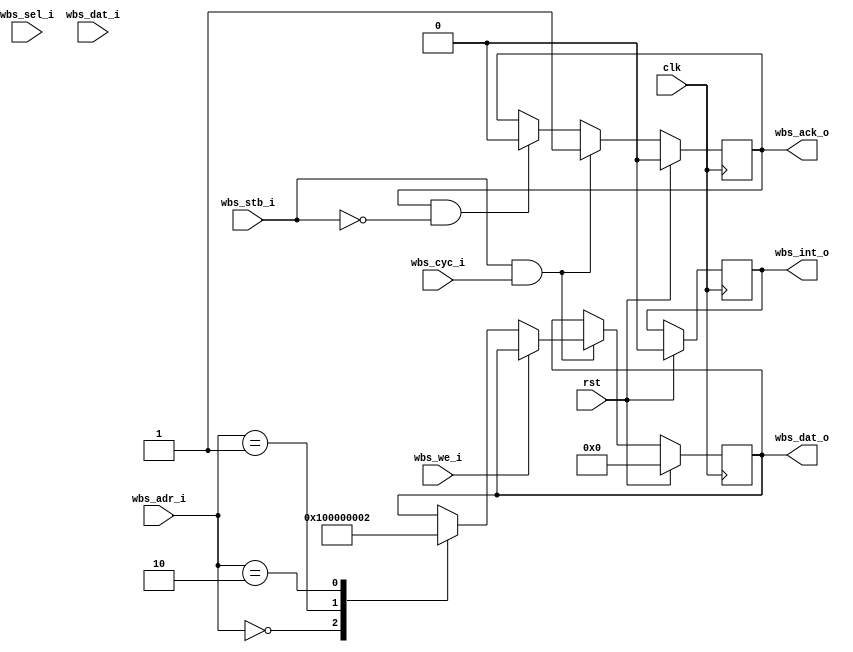
//wishbone_slave_template.v
/*
Distributed under the MIT license.
Copyright (c) 2011 Dave McCoy (dave.mccoy@cospandesign.com)

Permission is hereby granted, free of charge, to any person obtaining a copy of
this software and associated documentation files (the "Software"), to deal in 
the Software without restriction, including without limitation the rights to 
use, copy, modify, merge, publish, distribute, sublicense, and/or sell copies 
of the Software, and to permit persons to whom the Software is furnished to do 
so, subject to the following conditions:

The above copyright notice and this permission notice shall be included in all 
copies or substantial portions of the Software.

THE SOFTWARE IS PROVIDED "AS IS", WITHOUT WARRANTY OF ANY KIND, EXPRESS OR 
IMPLIED, INCLUDING BUT NOT LIMITED TO THE WARRANTIES OF MERCHANTABILITY, 
FITNESS FOR A PARTICULAR PURPOSE AND NONINFRINGEMENT. IN NO EVENT SHALL THE 
AUTHORS OR COPYRIGHT HOLDERS BE LIABLE FOR ANY CLAIM, DAMAGES OR OTHER 
LIABILITY, WHETHER IN AN ACTION OF CONTRACT, TORT OR OTHERWISE, ARISING FROM, 
OUT OF OR IN CONNECTION WITH THE SOFTWARE OR THE USE OR OTHER DEALINGS IN THE 
SOFTWARE.
*/

/*
	10/29/2011
		-added an 'else' statement that so either the
		reset HDL will be executed or the actual code
		not both
*/

/*
	10/23/2011
		-fixed the wbs_ack_i to wbs_ack_o
		-added the default entries for read and write
			to illustrate the method of communication
		-added license
*/
/*
	9/10/2011
		-removed the duplicate wbs_dat_i
		-added the wbs_sel_i port
*/

/*
	Use this to tell sycamore how to populate the Device ROM table
	so that users can interact with your slave

	META DATA

	identification of your device 0 - 65536
	DRT_ID: 0

	flags (read drt.txt in the slave/device_rom_table directory 1 means
	a standard device
	DRT_FLAGS:1

	number of registers this should be equal to the nubmer of ADDR_???
	parameters
	DRT_SIZE:3

*/


module wishbone_slave_template (
	clk,
	rst,

	//Add signals to control your device here

	wbs_we_i,
	wbs_cyc_i,
	wbs_sel_i,
	wbs_dat_i,
	wbs_stb_i,
	wbs_ack_o,
	wbs_dat_o,
	wbs_adr_i,
	wbs_int_o
);

input 				clk;
input 				rst;

//wishbone slave signals
input 				wbs_we_i;
input 				wbs_stb_i;
input 				wbs_cyc_i;
input		[3:0]	wbs_sel_i;
input		[31:0]	wbs_adr_i;
input  		[31:0]	wbs_dat_i;
output reg  [31:0]	wbs_dat_o;
output reg			wbs_ack_o;
output reg			wbs_int_o;

parameter			ADDR_0	=	32'h00000000;
parameter			ADDR_1	=	32'h00000001;
parameter			ADDR_2	=	32'h00000002;

//blocks
always @ (posedge clk) begin
	if (rst) begin
		wbs_dat_o	<= 32'h0;
		wbs_ack_o	<= 0;
		wbs_int_o	<= 0;
	end

	else begin
		//when the master acks our ack, then put our ack down
		if (wbs_ack_o & ~ wbs_stb_i)begin
			wbs_ack_o <= 0;
		end

		if (wbs_stb_i & wbs_cyc_i) begin
			//master is requesting somethign
			if (wbs_we_i) begin
				//write request
				case (wbs_adr_i) 
					ADDR_0: begin
						//writing something to address 0
						//do something

						//NOTE THE FOLLOWING LINE IS AN EXAMPLE
						//	THIS IS WHAT THE USER WILL READ FROM ADDRESS 0
						$display("user wrote %h", wbs_dat_i);
					end
					ADDR_1: begin
						//writing something to address 1
						//do something
	
						//NOTE THE FOLLOWING LINE IS AN EXAMPLE
						//	THIS IS WHAT THE USER WILL READ FROM ADDRESS 0
						$display("user wrote %h", wbs_dat_i);
					end
					ADDR_2: begin
						//writing something to address 3
						//do something
	
						//NOTE THE FOLLOWING LINE IS AN EXAMPLE
						//	THIS IS WHAT THE USER WILL READ FROM ADDRESS 0
						$display("user wrote %h", wbs_dat_i);
					end
					//add as many ADDR_X you need here
					default: begin
					end
				endcase
			end

			else begin 
				//read request
				case (wbs_adr_i)
					ADDR_0: begin
						//reading something from address 0
						//NOTE THE FOLLOWING LINE IS AN EXAMPLE
						//	THIS IS WHAT THE USER WILL READ FROM ADDRESS 0
						$display("user read %h", ADDR_0);
						wbs_dat_o <= ADDR_0;
					end
					ADDR_1: begin
						//reading something from address 1
						//NOTE THE FOLLOWING LINE IS AN EXAMPLE
						//	THIS IS WHAT THE USER WILL READ FROM ADDRESS 0
						$display("user read %h", ADDR_1);
						wbs_dat_o <= ADDR_1;
					end
					ADDR_2: begin
						//reading soething from address 2
						//NOTE THE FOLLOWING LINE IS AN EXAMPLE
						//	THIS IS WHAT THE USER WILL READ FROM ADDRESS 0
						$display("user read %h", ADDR_2);
						wbs_dat_o <= ADDR_2;
					end
					//add as many ADDR_X you need here
					default: begin
					end
				endcase
			end
			wbs_ack_o <= 1;
		end
	end
end


endmodule